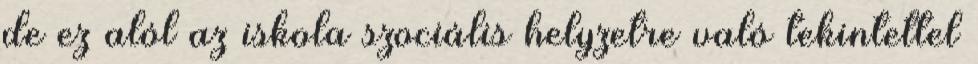
de ez alól az iskola szociális helyzetre való tekintettel